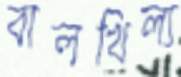
বালখিল্য